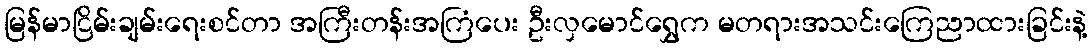
မြန်မာငြိမ်းချမ်းရေးစင်တာ အကြီးတန်းအကြံပေး ဦးလှမောင်ရွှေက မတရားအသင်းကြေညာထားခြင်းနဲ့